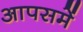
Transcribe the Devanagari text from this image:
आपसमें